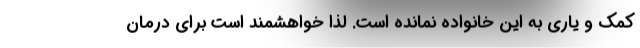
کمک و یاری به این خانواده نمانده است. لذا خواهشمند است برای درمان